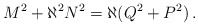
\begin{align*}M^{2} +\aleph^{2}N^{2}= \aleph (Q^{2}+P^{2})\, .\end{align*}